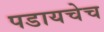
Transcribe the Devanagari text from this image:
पडायचेच